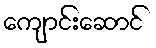
ကျောင်းဆောင်